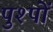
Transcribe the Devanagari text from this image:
पुश्पों